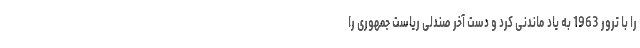
را با ترور 1963 به یاد ماندنی کرد و دست آخر صندلی ریاست جمهوری را